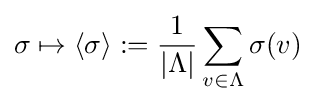
\sigma \mapsto \langle \sigma \rangle :={\frac {1}{|\Lambda |}}\sum _{v\in \Lambda }\sigma (v)